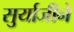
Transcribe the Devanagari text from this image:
सुर्याजीने